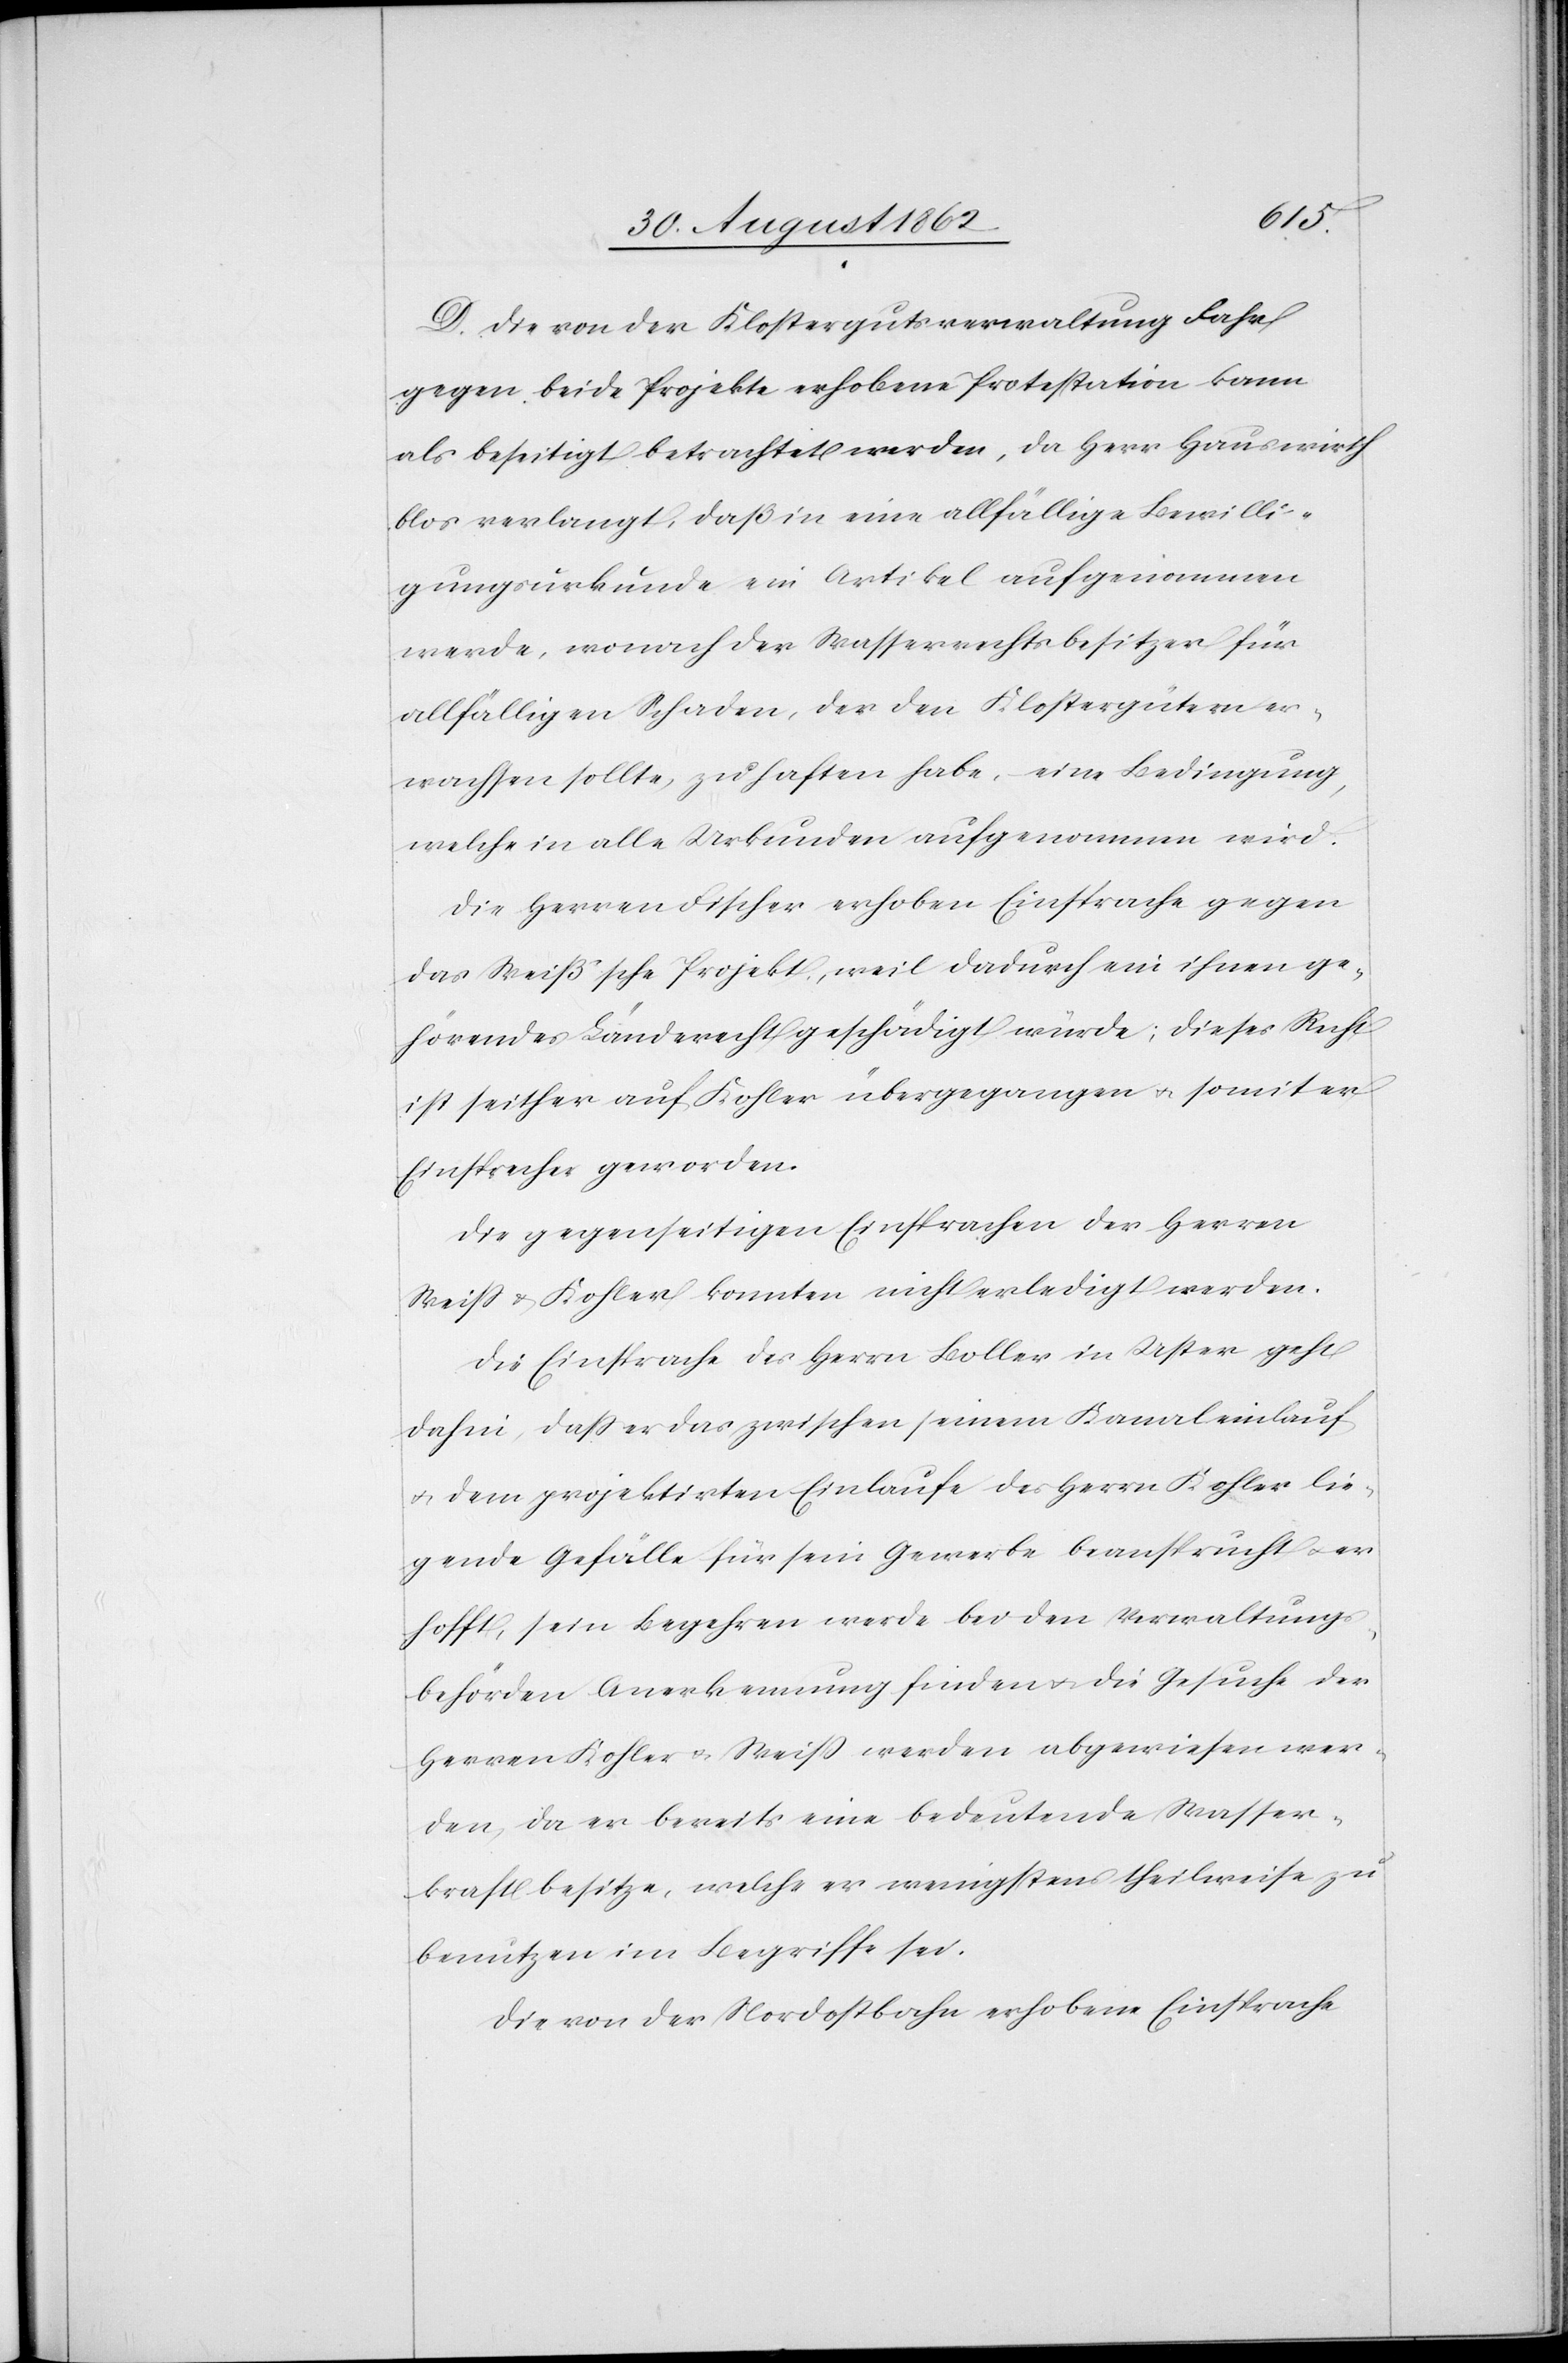
D. Die von der Klostergutsverwaltung Fahr
gegen beide Projekte erhobene Protestation kann
als beseitigt betrachtet werden, da Herr Hauswirth
blos verlangt, daß in eine allfällige Bewilli¬
gungsurkunde ein Artikel aufgenommen
werde, wonach der Wasserrechtsbesitzer für
allfälligen Schaden, der den Klostergüter er¬
wachsen sollte, zu haften habe, eine Bedingung,
welche in alle Urkunden aufgenommen wird.
Die Herren Fischer erhoben Einsprache gegen
das Weiß’sche Projekt, weil dadurch ein ihnen ge¬
hörendes Länderrecht geschädigt würde; dieses Recht
ist seither auf Kohler übergegangen u. somit er
Einsprecher geworden.
Die gegenseitigen Einsprachen der Herren
Weiß u. Kohler konnten nicht erledigt werden.
Die Einsprache des Herrn Boller in Uster geht
dahin, daß er das zwischen seinem Kanaleinlauf
u. dem projektirten Einlaufe des Herrn Kohler lie¬
gende Gefälle für sein Gewerbe beansprucht u. er
hofft, sein Begehren werde bei den Verwaltungs¬
behörden Anerkennung finden u. die Gesuche der
Herren Kohler u. Weiß werden abgewiesen wer¬
den, da er bereits eine bedeutende Wasser¬
kraft besitze, welche er wenigstens theilweise zu
benutzen im Begriffe sei.
Die von der Nordostbahn erhobene Einsprache